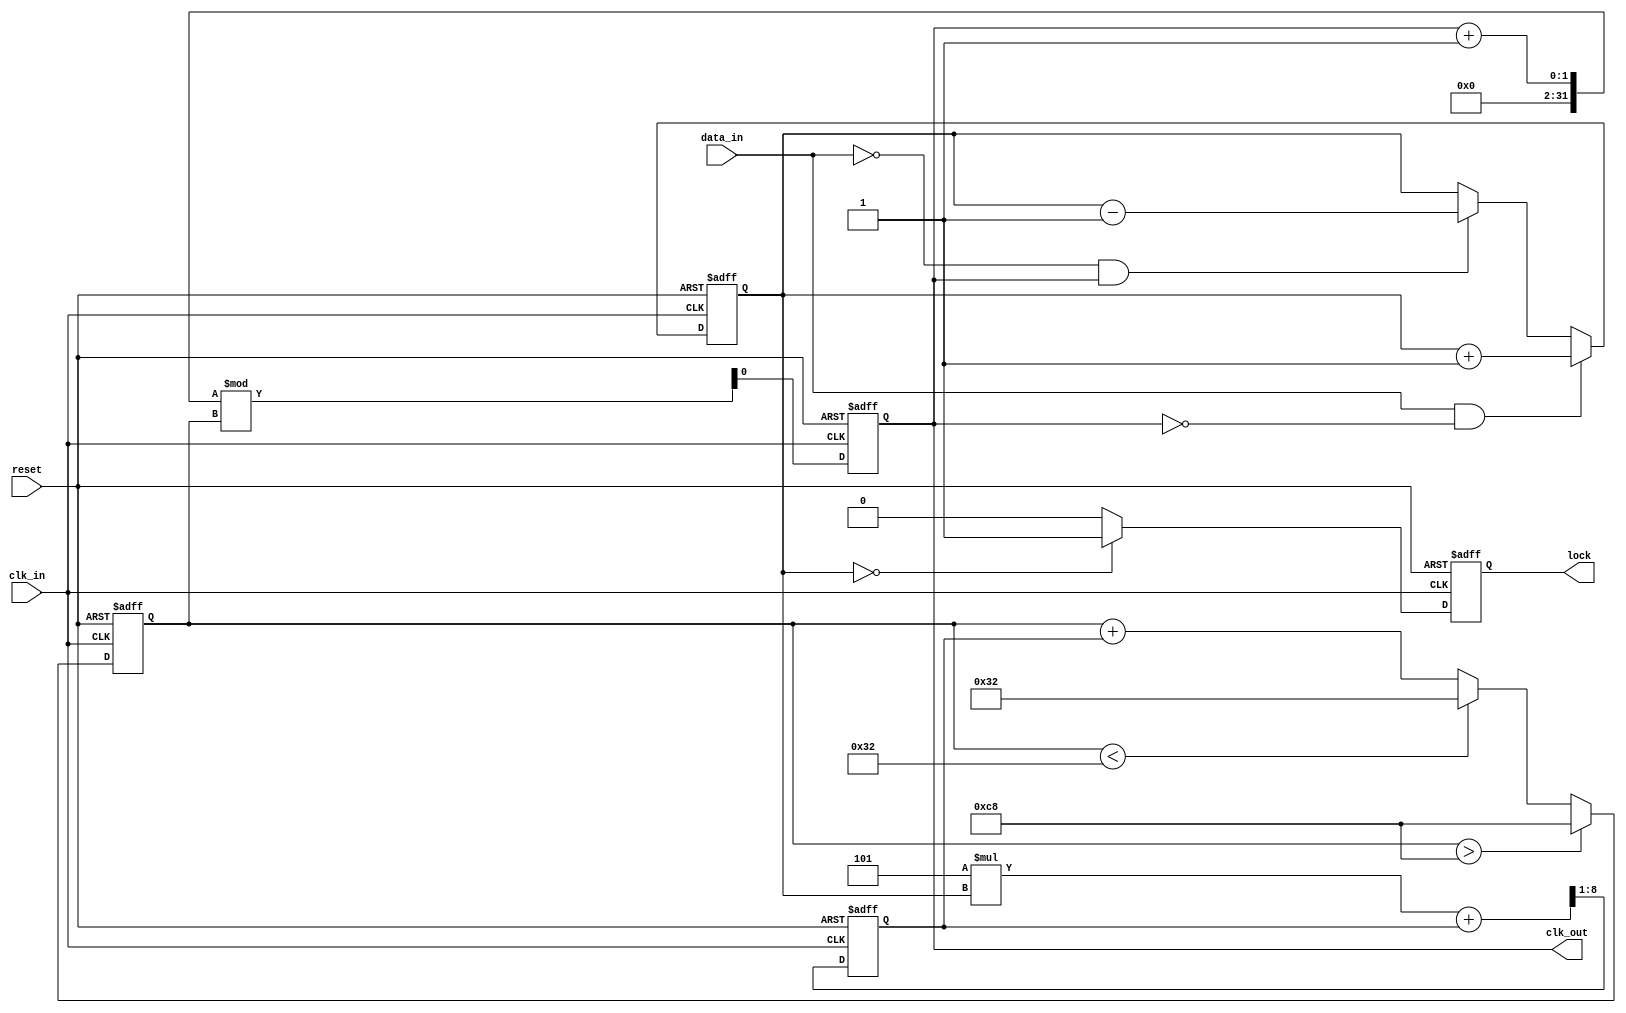
module ClockRecoveryPLL (
    input wire clk_in,             // Incoming data clock
    input wire data_in,            // Incoming data signal
    output reg clk_out,            // Output clock signal
    output reg lock,               // PLL lock status
    input wire reset               // Asynchronous reset
);

    // Parameters
    parameter integer VCO_MAX_FREQ = 200; // Maximum frequency for VCO
    parameter integer VCO_MIN_FREQ = 50;   // Minimum frequency for VCO
    parameter integer LOOP_FILTER_GAIN = 5; // Gain for loop filter

    // Internal signals
    reg [7:0] phase_error;          // Phase error signal from the phase detector
    reg [7:0] filtered_error;       // Filtered error signal
    reg [7:0] vco_freq;             // Current frequency of the VCO
    reg [7:0] memory_block;          // Memory block to store phase information
    reg [7:0] phase_data;           // Phase data from previous cycles

    // Phase Detector
    always @(posedge clk_in or posedge reset) begin
        if (reset) begin
            phase_error <= 0;
        end else begin
            // Simple phase detection logic
            if (data_in && !clk_out) begin
                phase_error <= phase_error + 1; // Data is leading
            end else if (!data_in && clk_out) begin
                phase_error <= phase_error - 1; // Clock is leading
            end
        end
    end

    // Loop Filter
    always @(posedge clk_in or posedge reset) begin
        if (reset) begin
            filtered_error <= 0;
        end else begin
            // Simple low-pass filter implementation
            filtered_error <= (LOOP_FILTER_GAIN * phase_error + filtered_error) >> 1;
        end
    end

    // Voltage-Controlled Oscillator (VCO)
    always @(posedge clk_in or posedge reset) begin
        if (reset) begin
            vco_freq <= VCO_MIN_FREQ;
            clk_out <= 0;
            lock <= 0;
        end else begin
            // Adjust VCO frequency based on filtered error
            vco_freq <= vco_freq + filtered_error;

            // Clamp VCO frequency within defined limits
            if (vco_freq > VCO_MAX_FREQ) begin
                vco_freq <= VCO_MAX_FREQ;
            end else if (vco_freq < VCO_MIN_FREQ) begin
                vco_freq <= VCO_MIN_FREQ;
            end

            // Generate output clock based on VCO frequency
            clk_out <= (clk_out + 1) % vco_freq;

            // Lock condition (simple example)
            if (phase_error == 0) begin
                lock <= 1; // PLL is locked
            end else begin
                lock <= 0; // PLL is not locked
            end
        end
    end

    // Memory Block for Phase Data
    always @(posedge clk_in or posedge reset) begin
        if (reset) begin
            memory_block <= 0;
        end else begin
            memory_block <= phase_error; // Store current phase error
            phase_data <= memory_block;   // Update phase data
        end
    end

endmodule